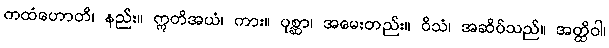
ကထံဟောတိ၊ နည်း။ ဣတိအယံ၊ ကား။ ပုစ္ဆာ၊ အမေးတည်း။ ဝိသံ၊ အဆိပ်သည်။ အတ္ထိဝါ၊